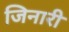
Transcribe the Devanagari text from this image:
जिनारी